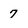
Character: 7